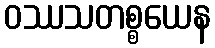
ဝဿသတစ္စယေန